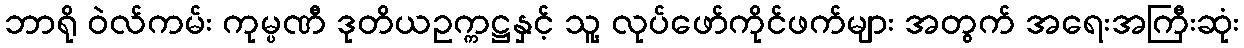
ဘာရို ဝဲလ်ကမ်း ကုမ္ပဏီ ဒုတိယဥက္ကဋ္ဌနှင့် သူ့ လုပ်ဖော်ကိုင်ဖက်များ အတွက် အရေးအကြီးဆုံး